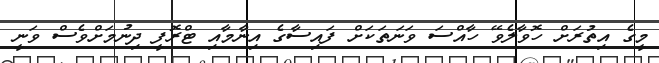
މީގެ އިތުރަށް ހޮވާލެވޭ ހާއްސަ ވަަނަތަކަށް ފައިސާގެ އިނާމާއި ޓްރޮފީ ދިނުމަށްވެސް ވަނީ